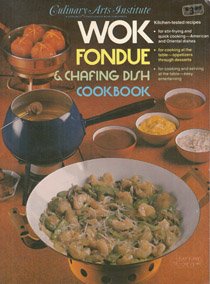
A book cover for Wok, Fondue, and Chafing Dish Cookbook; Culinary Arts Institute; Cookbooks, Food & Wine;